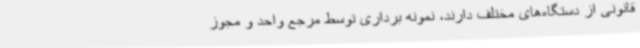
قانونی از دستگاه‌های مختلف دارند، نمونه برداری توسط مرجع واحد و مجوز